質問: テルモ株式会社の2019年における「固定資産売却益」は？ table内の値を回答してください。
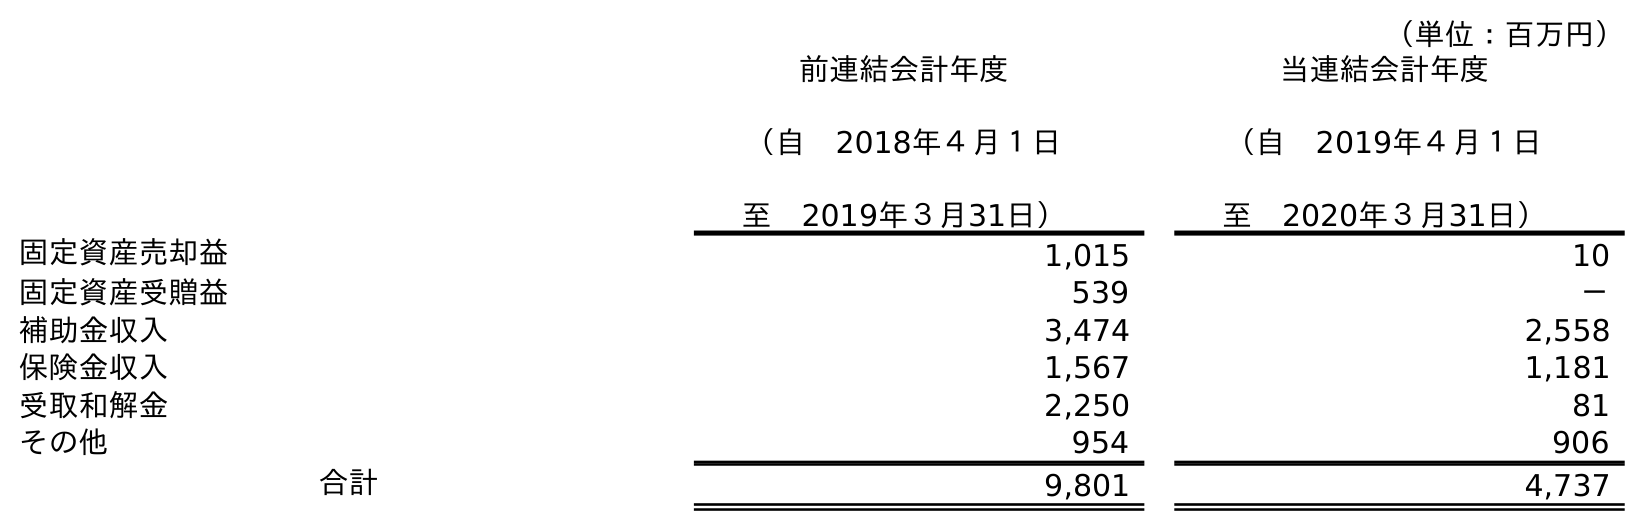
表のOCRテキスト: （単位：百万円） 前連結会計年度 （自 2018年４月１日 至 2019年３月31日） 当連結会計年度 （自 2019年４月１日 至 2020年３月31日） 固定資産売却益 1,015 10 固定資産受贈益 539 － 補助金収入 3,474 2,558 保険金収入 1,567 1,181 受取和解金 2,250 81 その他 954 906 合計 9,801 4,737
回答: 1,015